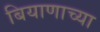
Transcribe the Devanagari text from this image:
बियाणाच्या